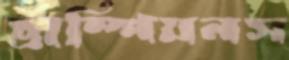
চ্রাম্পিয়নস